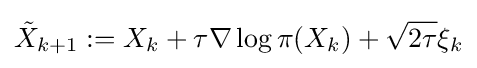
{\tilde {X}}_{k+1}:=X_{k}+\tau \nabla \log \pi (X_{k})+{\sqrt {2\tau }}\xi _{k}